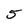
Character: 5